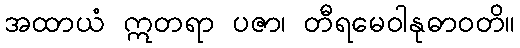
အထာယံ ဣတရာ ပဇာ၊ တီရမေဝါနုဓာဝတိ။